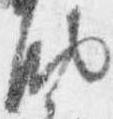
納